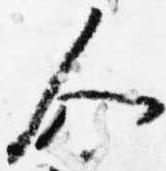
人